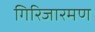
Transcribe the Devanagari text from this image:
गिरिजारमण